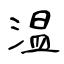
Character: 温